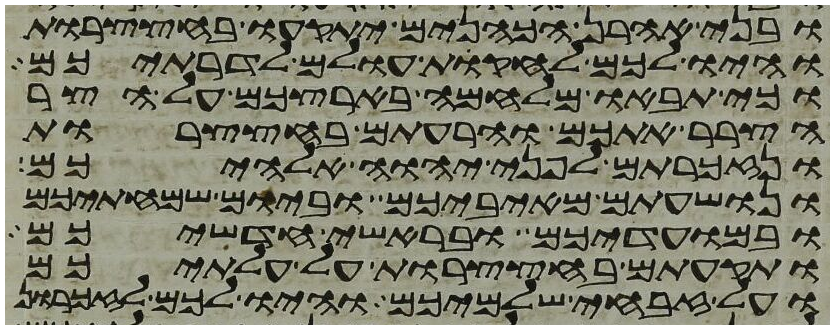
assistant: ובני אהרן הכהנים יתקעו בחצצרות
והיו לכם לחקות עולם לדרתיכם
וכי תבאו מלחמה בארצכם על הצר
הצרר אתכם והרעתם בחצצרות
ונזכרתם לפני יהוה אלהיכם
ונושעתם מאיביכם וביום שמחתיכם
ובמועדיכם ובראשי חדשיכם
ותקעתם בחצצרות על עלתיכם
ועל זבחי שלמיכם והיו לכם לזכרון